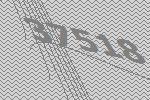
37518